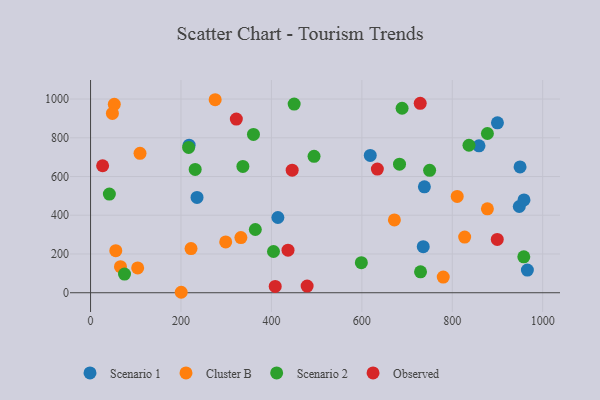
{"axis": {"x": "Study Hours", "y": "Profit"}, "legend": ["Cluster B", "Observed", "Scenario 1", "Scenario 2"], "data": [{"x": "949.9", "y": 649.6, "type": "Scenario 1"}, {"x": "618.6", "y": 708.7, "type": "Scenario 1"}, {"x": "859.1", "y": 758.4, "type": "Scenario 1"}, {"x": "235.5", "y": 492.0, "type": "Scenario 1"}, {"x": "948.2", "y": 445.3, "type": "Scenario 1"}, {"x": "958.6", "y": 479.0, "type": "Scenario 1"}, {"x": "218.0", "y": 762.0, "type": "Scenario 1"}, {"x": "738.3", "y": 547.0, "type": "Scenario 1"}, {"x": "899.9", "y": 877.4, "type": "Scenario 1"}, {"x": "966.1", "y": 116.8, "type": "Scenario 1"}, {"x": "414.3", "y": 388.4, "type": "Scenario 1"}, {"x": "735.8", "y": 237.8, "type": "Scenario 1"}, {"x": "66.2", "y": 134.7, "type": "Cluster B"}, {"x": "52.5", "y": 972.8, "type": "Cluster B"}, {"x": "222.2", "y": 228.2, "type": "Cluster B"}, {"x": "55.8", "y": 217.1, "type": "Cluster B"}, {"x": "275.6", "y": 996.5, "type": "Cluster B"}, {"x": "672.0", "y": 375.9, "type": "Cluster B"}, {"x": "780.0", "y": 81.0, "type": "Cluster B"}, {"x": "332.5", "y": 285.0, "type": "Cluster B"}, {"x": "298.9", "y": 262.2, "type": "Cluster B"}, {"x": "810.9", "y": 497.0, "type": "Cluster B"}, {"x": "109.4", "y": 719.9, "type": "Cluster B"}, {"x": "200.5", "y": 2.4, "type": "Cluster B"}, {"x": "877.7", "y": 433.0, "type": "Cluster B"}, {"x": "48.3", "y": 925.9, "type": "Cluster B"}, {"x": "827.4", "y": 287.4, "type": "Cluster B"}, {"x": "104.2", "y": 128.2, "type": "Cluster B"}, {"x": "729.8", "y": 107.9, "type": "Scenario 2"}, {"x": "494.3", "y": 704.5, "type": "Scenario 2"}, {"x": "450.3", "y": 974.2, "type": "Scenario 2"}, {"x": "683.3", "y": 663.9, "type": "Scenario 2"}, {"x": "958.2", "y": 185.3, "type": "Scenario 2"}, {"x": "336.9", "y": 652.3, "type": "Scenario 2"}, {"x": "364.4", "y": 326.5, "type": "Scenario 2"}, {"x": "404.6", "y": 212.9, "type": "Scenario 2"}, {"x": "598.9", "y": 155.4, "type": "Scenario 2"}, {"x": "877.7", "y": 822.1, "type": "Scenario 2"}, {"x": "836.9", "y": 761.5, "type": "Scenario 2"}, {"x": "231.4", "y": 636.7, "type": "Scenario 2"}, {"x": "41.6", "y": 509.3, "type": "Scenario 2"}, {"x": "216.9", "y": 750.4, "type": "Scenario 2"}, {"x": "75.1", "y": 96.6, "type": "Scenario 2"}, {"x": "360.3", "y": 817.1, "type": "Scenario 2"}, {"x": "749.9", "y": 632.0, "type": "Scenario 2"}, {"x": "689.0", "y": 952.4, "type": "Scenario 2"}, {"x": "634.3", "y": 638.4, "type": "Observed"}, {"x": "26.7", "y": 655.6, "type": "Observed"}, {"x": "408.4", "y": 32.7, "type": "Observed"}, {"x": "322.4", "y": 896.5, "type": "Observed"}, {"x": "729.1", "y": 977.9, "type": "Observed"}, {"x": "479.0", "y": 34.5, "type": "Observed"}, {"x": "436.7", "y": 219.6, "type": "Observed"}, {"x": "445.9", "y": 632.8, "type": "Observed"}, {"x": "899.5", "y": 275.3, "type": "Observed"}]}